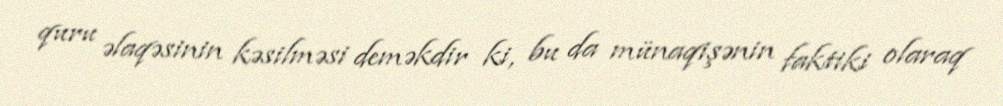
quru əlaqəsinin kəsilməsi deməkdir ki, bu da münaqişənin faktiki olaraq